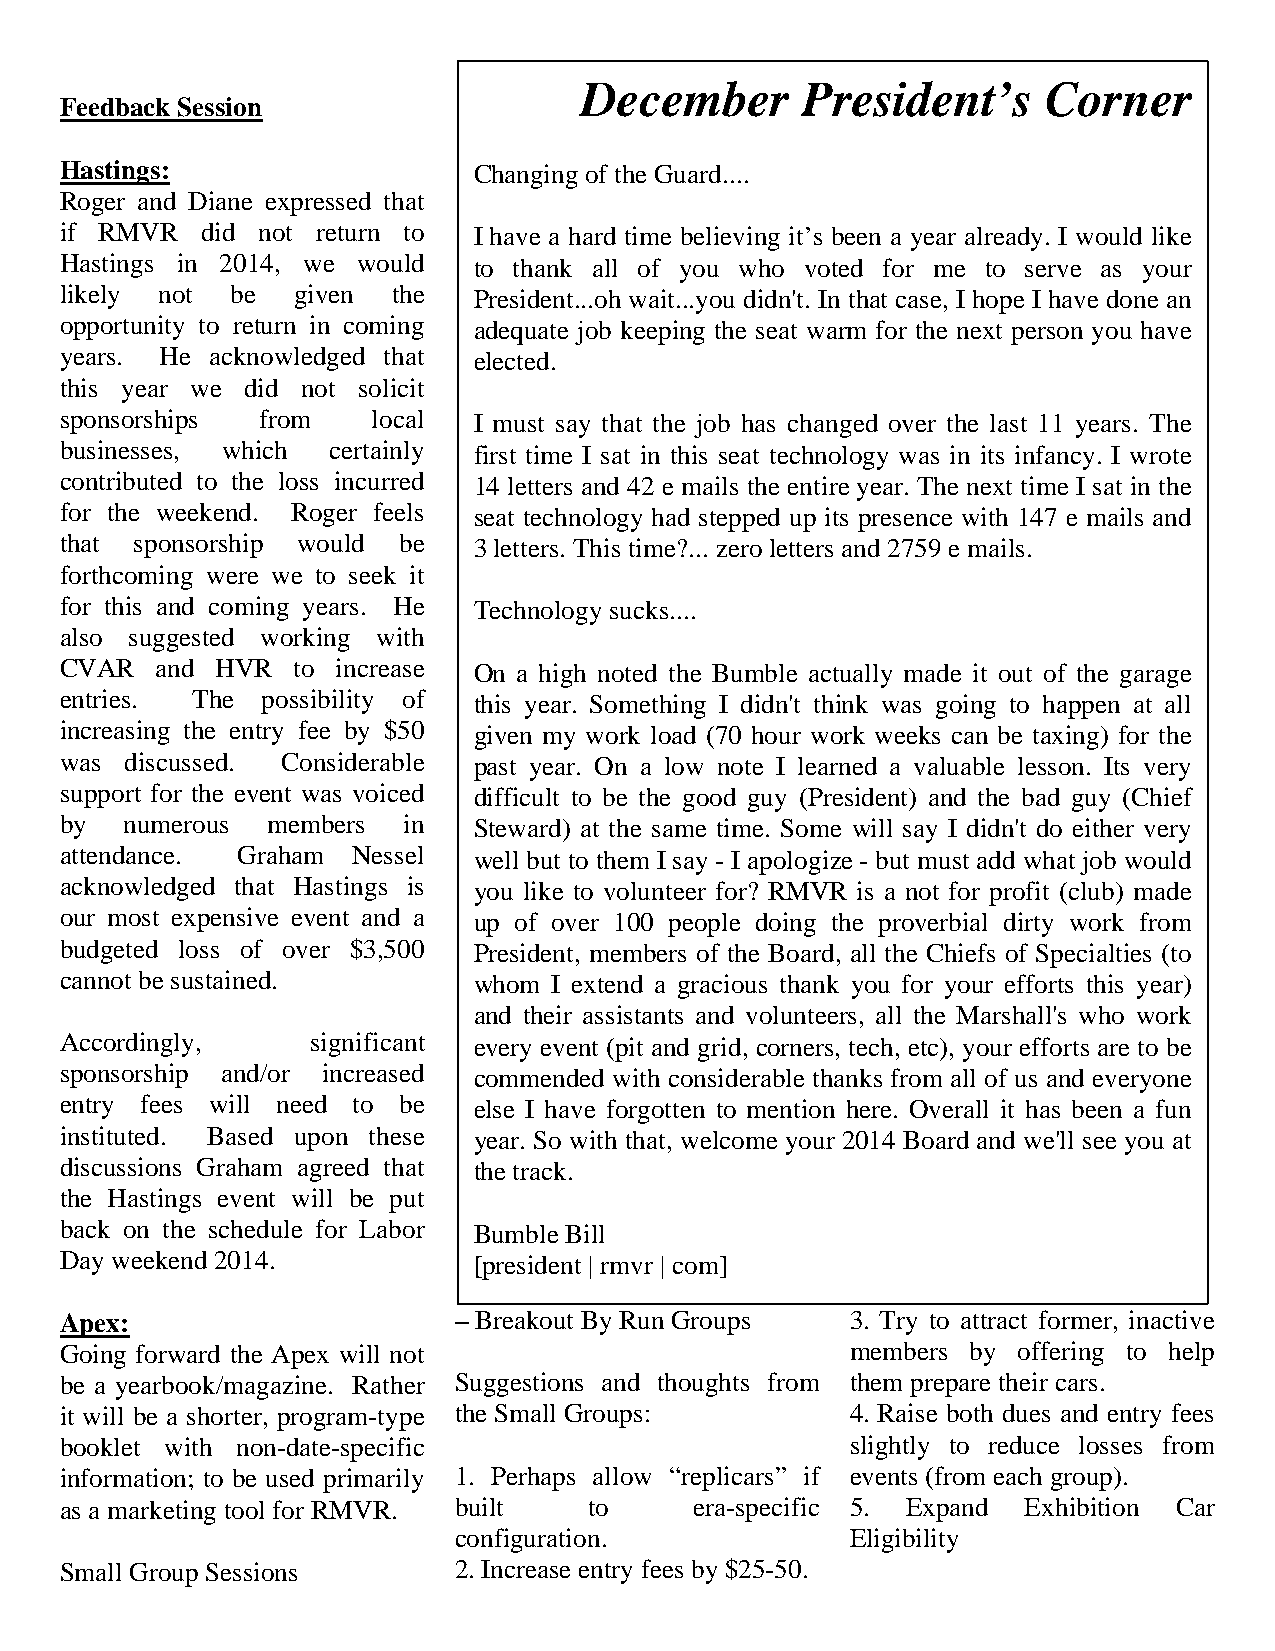
December       President’s     Corner
 Feedback Session
 Hastings:                  Changing of the Guard....
 Roger and Diane expressed that
 if RMVR  did not return to I have a hard time believing it’s been a year already. I would like
 Hastings in 2014, we would to thank all of you who voted for me to serve as your
 likely not be   given the  President...oh wait...you didn't. In that case, I hope I have done an
 opportunity to return in coming adequate job keeping the seat warm for the next person you have
 years. He acknowledged that elected.
 this year we did not solicit
 sponsorships from    local I must say that the job has changed over the last 11 years. The
 businesses, which certainly first time I sat in this seat technology was in its infancy. I wrote
 contributed to the loss incurred 14 letters and 42 e mails the entire year. The next time I sat in the
 for the weekend. Roger feels seat technology had stepped up its presence with 147 e mails and
 that sponsorship would be  3 letters. This time?... zero letters and 2759 e mails.
 forthcoming were we to seek it
 for this and coming years. He Technology sucks....
 also suggested working with
 CVAR  and HVR  to increase On a high noted the Bumble actually made it out of the garage
 entries. The possibility of this year. Something I didn't think was going to happen at all
 increasing the entry fee by $50 given my work load (70 hour work weeks can be taxing) for the
 was discussed. Considerable past year. On a low note I learned a valuable lesson. Its very
 support for the event was voiced difficult to be the good guy (President) and the bad guy (Chief
 by  numerous  members  in  Steward) at the same time. Some will say I didn't do either very
 attendance. Graham Nessel  well but to them I say - I apologize - but must add what job would
 acknowledged that Hastings is you like to volunteer for? RMVR is a not for profit (club) made
 our most expensive event and a up of over 100 people doing the proverbial dirty work from
 budgeted loss of over $3,500 President, members of the Board, all the Chiefs of Specialties (to
 cannot be sustained.       whom  I extend a gracious thank you for your efforts this year)
 and their assistants and volunteers, all the Marshall's who work
 Accordingly,     significant every event (pit and grid, corners, tech, etc), your efforts are to be
 sponsorship and/or increased commended with considerable thanks from all of us and everyone
 entry fees will need to be else I have forgotten to mention here. Overall it has been a fun
 instituted. Based upon these year. So with that, welcome your 2014 Board and we'll see you at
 discussions Graham agreed that the track.
 the Hastings event will be put
 back on the schedule for Labor Bumble Bill
 Day weekend 2014.          [president | rmvr | com]
 Apex:                     – Breakout By Run Groups  3. Try to attract former, inactive
 Going forward the Apex will not                     members by offering to help
 be a yearbook/magazine. Rather Suggestions and thoughts from them prepare their cars.
 it will be a shorter, program-type the Small Groups: 4. Raise both dues and entry fees
 booklet with non-date-specific                      slightly to reduce losses from
 information; to be used primarily 1. Perhaps allow “replicars” if events (from each group).
 as a marketing tool for RMVR. built to    era-specific 5. Expand Exhibition Car
 configuration.            Eligibility
 Small Group Sessions      2. Increase entry fees by $25-50.